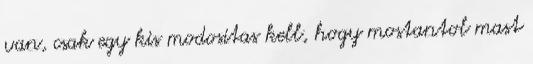
van, csak egy kis modositas kell, hogy mostantol mast